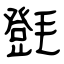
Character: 㲪